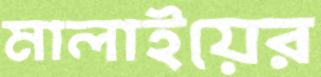
মালাইয়ের